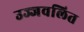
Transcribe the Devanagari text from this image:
उज्जवलित